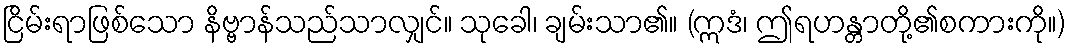
ငြိမ်းရာဖြစ်သော နိဗ္ဗာန်သည်သာလျှင်။ သုခေါ၊ ချမ်းသာ၏။ (ဣဒံ၊ ဤရဟန္တာတို့၏စကားကို။)